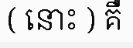
( នោះ ) គឺ